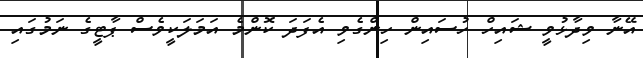
އޭނާ ވިދާޅުވީ ޝައިހް ހުސައިން ހިންގެވި އެފަދަ ކޮންމެ އަމަލަކީވެސް ޕާޓީގެ ނަމުގައި